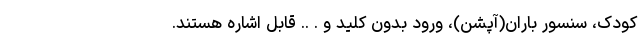
کودک، سنسور باران(آپشن)، ورود بدون کلید و . .. قابل اشاره هستند.